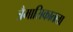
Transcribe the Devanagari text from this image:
त्रैमासिकातला